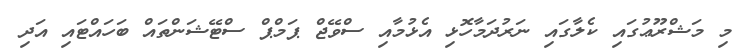
މި މަޝްރޫޢުގައި ކެލާގައި ނަރުދަމާހޮޅި އެޅުމާއި ސްވޭޖް ޕަމްޕް ސްޓޭޝަންތައް ބަހައްޓައި އަދި